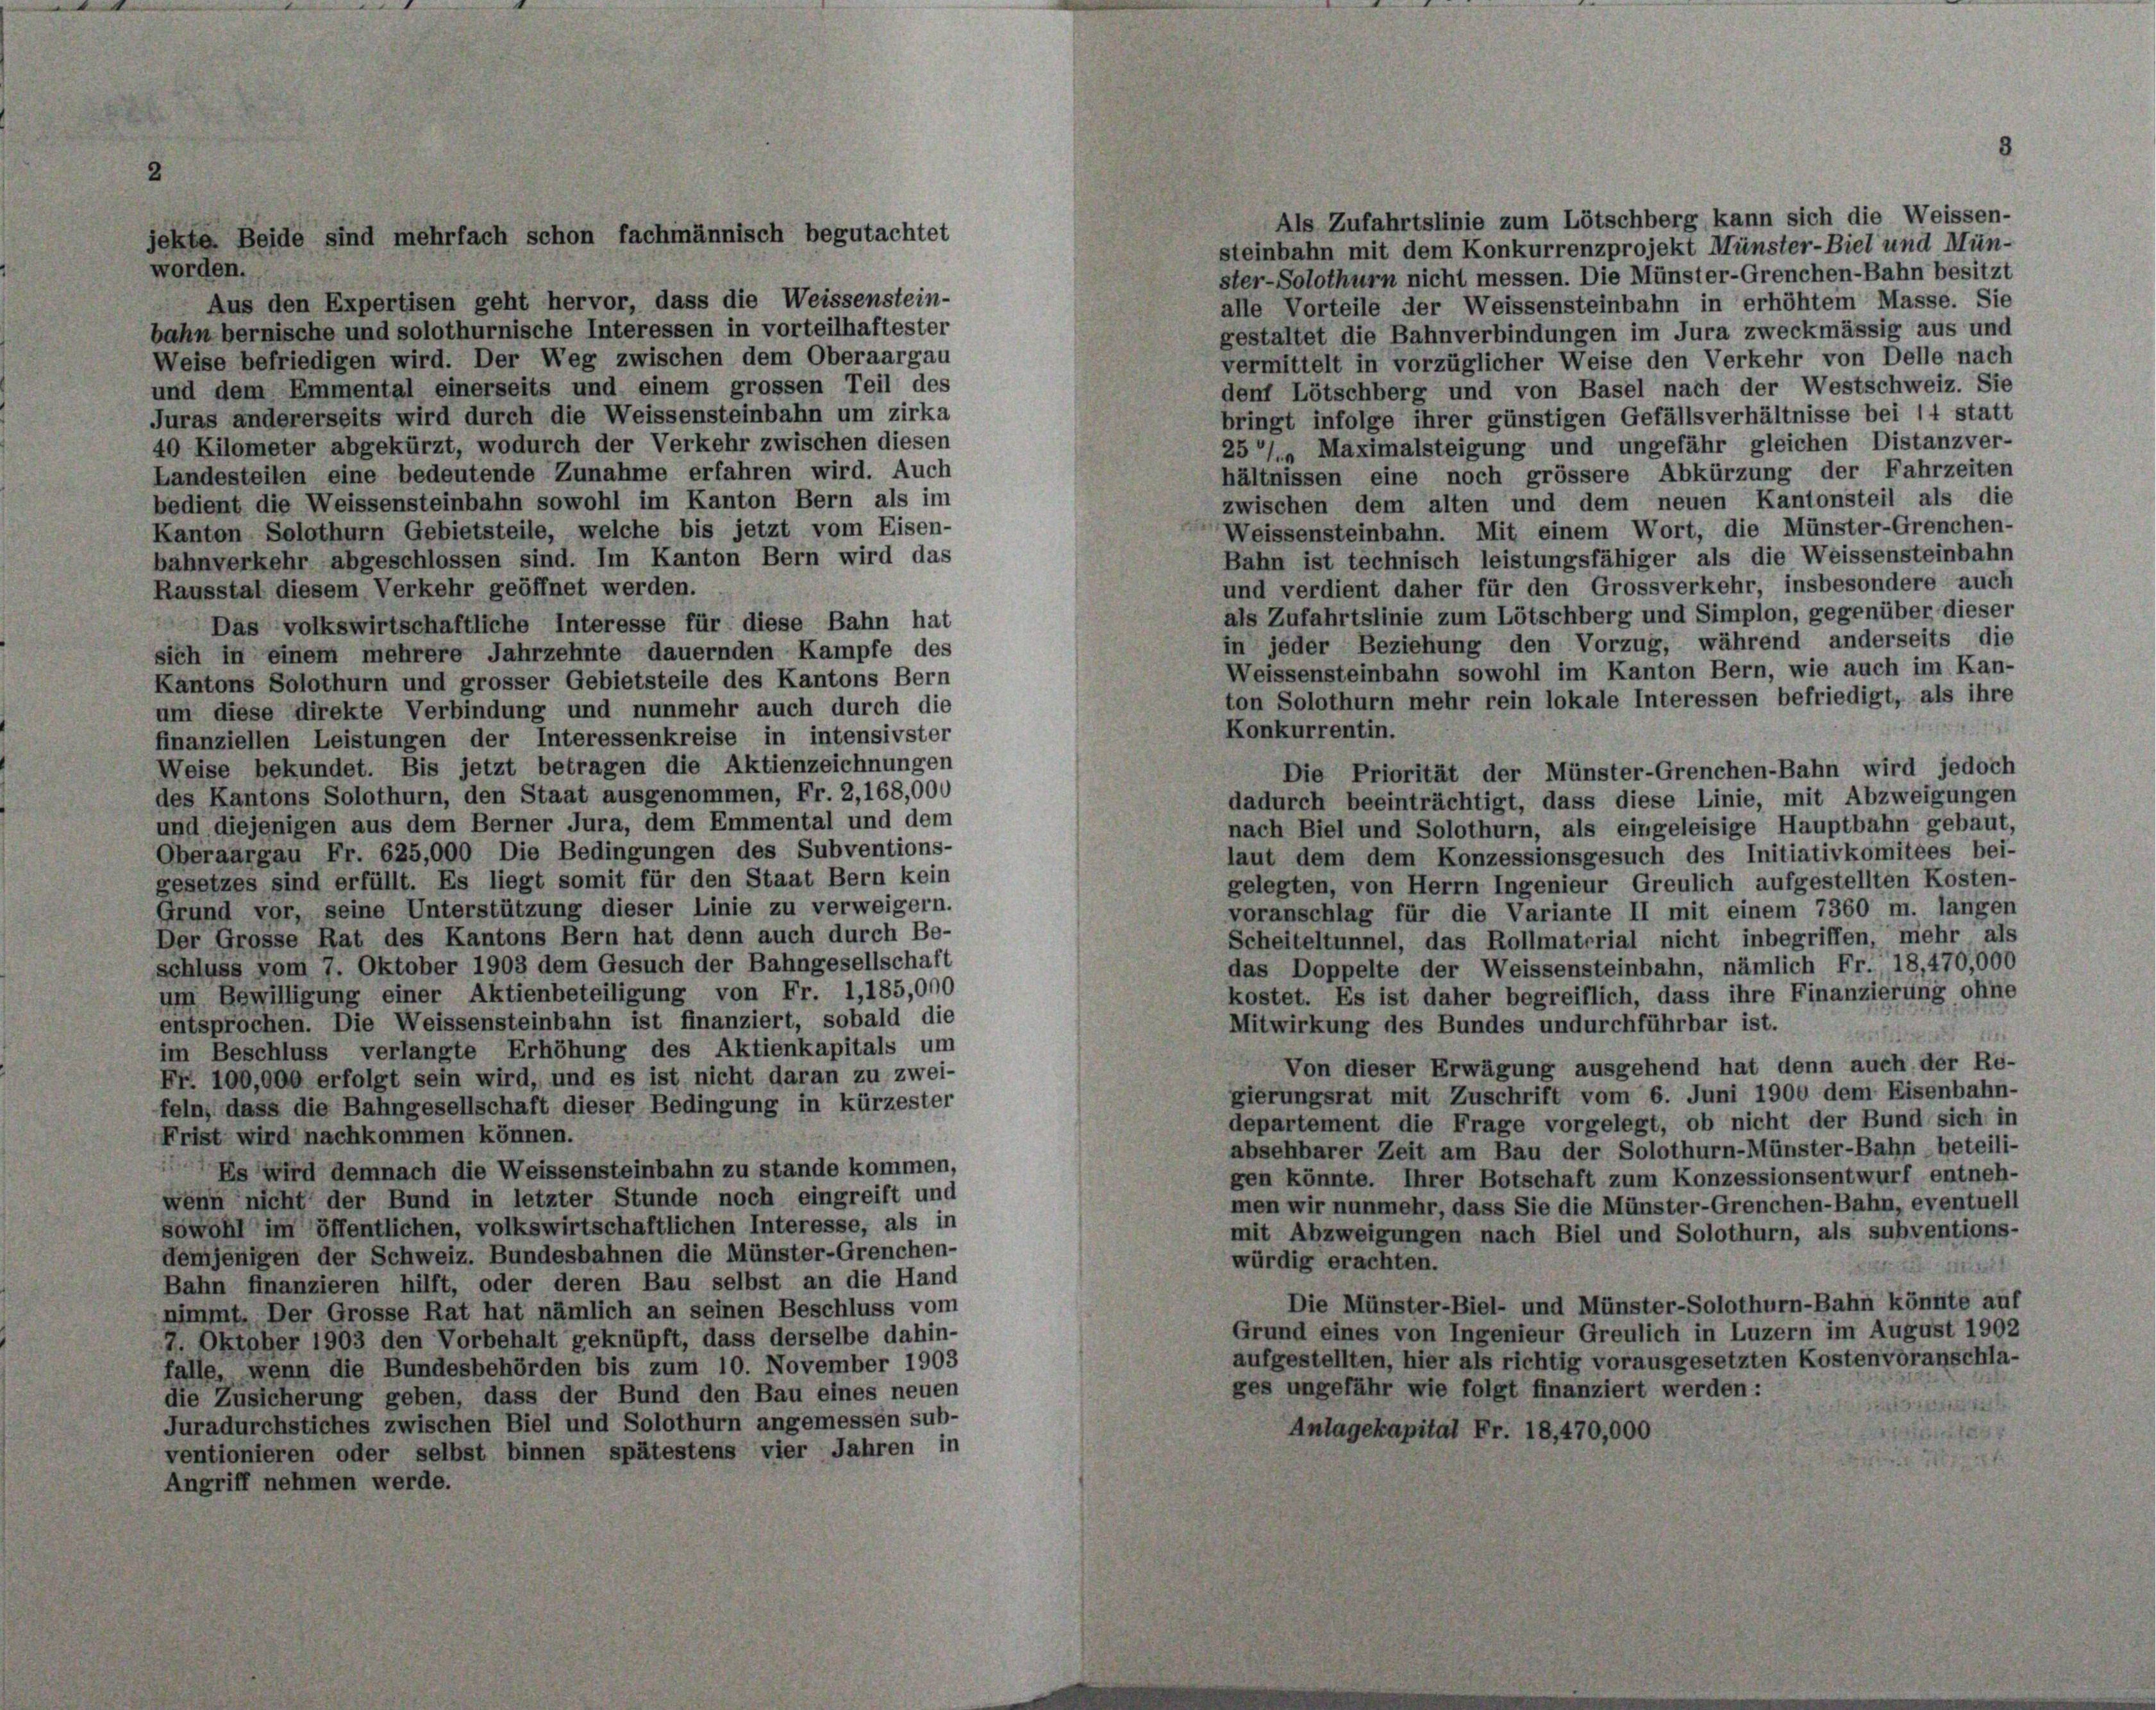
Als Zufahrtslinie zum Lötschberg kann sich die Weissen-
steinbahn mit dem Konkurrenzprojekt Münster-Biel und Mün-
ster-Solothurn nicht messen. Die Münster-Grenchen-Bahn besitzt
Aus den Expertisen geht hervor, dass die Weissenstein-
alle Vorteile der Weissensteinbahn in erhöhtem Masse. Sie
bahn bernische und solothurnische Interessen in vorteilhaftester
gestaltet die Bahnverbindungen im Jura zweckmässig aus und
Weise befriedigen wird. Der Weg zwischen dem Oberaargau
vermittelt in vorzüglicher Weise den Verkehr von Delle nach
und dem Emmental einerseits und einem grossen Teil des
denf Lötschberg und von Basel nach der Westschweiz. Sie
Juras andererseits wird durch die Weissensteinbahn um zirka
bringt infolge ihrer günstigen Gefällsverhältnisse bei 14 statt
40 Kilometer abgekürzt, wodurch der Verkehr zwischen diesen
257. Maximalsteigung und ungefähr gleichen Distanzver-
Landesteilen eine bedeutende Zunahme erfahren wird. Auch
hältnissen eine noch grössere Abkürzung der Fahrzeiten
bedient die Weissensteinbahn sowohl im Kanton Bern als im
zwischen dem alten und dem neuen Kantonsteil als die
Weissensteinbahn. Mit einem Wort, die Münster-Grenchen-
Kanton Solothurn Gebietsteile, welche bis jetzt vom Eisen-
Bahn ist technisch leistungsfähiger als die Weissensteinbahn
bahnverkehr abgeschlossen sind. Im Kanton Bern wird das
und verdient daher für den Grossverkehr, insbesondere auch
Rausstal diesem Verkehr geöffnet werden.
als Zufahrtslinie zum Lötschberg und Simplon, gegenüber dieser
Das volkswirtschaftliche Interesse für diese Bahn hat
in jeder Beziehung den Vorzug, während anderseits die
sich in einem mehrere Jahrzehnte dauernden Kampfe des
Weissensteinbahn sowohl im Kanton Bern, wie auch im Kan-
Kantons Solothurn und grosser Gebietsteile des Kantons Bern
ton Solothurn mehr rein lokale Interessen befriedigt, als ihre
um diese direkte Verbindung und nunmehr auch durch die
Konkurrentin.
finanziellen Leistungen der Interessenkreise in intensivster
Weise bekundet. Bis jetzt betragen die Aktienzeichnungen
Die Priorität der Münster-Grenchen-Bahn wird jedoch
des Kantons Solothurn, den Staat ausgenommen, Fr. 2, 168,000
dadurch beeinträchtigt, dass diese Linie, mit Abzweigungen
und diejenigen aus dem Berner Jura, dem Emmental und dem
nach Biel und Solothurn, als eingeleisige Hauptbahn gebaut,
Oberaargau Fr. 625,000 Die Bedingungen des Subventions-
laut dem dem Konzessionsgesuch des Initiativkomitees bei-
gesetzes sind erfüllt. Es liegt somit für den Staat Bern kein
gelegten, von Herrn Ingenieur Greulich aufgestellten Kosten-
Grund vor, seine Unterstützung dieser Linie zu verweigern.
voranschlag für die Variante II mit einem 7360 m. langen
Der Grosse Rat des Kantons Bern hat denn auch durch Be-
Scheiteltunnel, das Rollmaterial nicht inbegriffen, mehr als
schluss vom 7. Oktober 1903 dem Gesuch der Bahngesellschaft
das Doppelte der Weissensteinbahn, nämlich Fr. 18,470,000
um Bewilligung einer Aktienbeteiligung von Fr. 1,185,000
kostet. Es ist daher begreiflich, dass ihre Finanzierung ohne
entsprochen. Die Weissensteinbahn ist finanziert, sobald die
Mitwirkung des Bundes undurchführbar ist.
im Beschluss verlangte Erhöhung des Aktienkapitals um
Von dieser Erwägung ausgehend hat denn auch der Re-
Fr. 100,000 erfolgt sein wird, und es ist nicht daran zu zwei-
gierungsrat mit Zuschrift vom 6. Juni 1900 dem Eisenbahn-
feln, dass die Bahngesellschaft dieser Bedingung in kürzester
departement die Frage vorgelegt, ob nicht der Bund sich in
Frist wird nachkommen können.
absehbarer Zeit am Bau der Solothurn-Münster-Bahn beteili-
Es wird demnach die Weissensteinbahn zu stande kommen,
gen könnte. Ihrer Botschaft zum Konzessionsentwurf entneh-
wenn nicht der Bund in letzter Stunde noch eingreift und
men wir nunmehr, dass Sie die Münster-Grenchen-Bahn, eventuell
sowohl im öffentlichen, volkswirtschaftlichen Interesse, als in
mit Abzweigungen nach Biel und Solothurn, als subventions-
demjenigen der Schweiz. Bundesbahnen die Münster-Grenchen-
würdig erachten.
Bahn finanzieren hilft, oder deren Bau selbst an die Hand
Die Münster-Biel- und Münster-Solothurn-Bahn könnte auf
nimmt. Der Grosse Rat hat nämlich an seinen Beschluss vom
Grund eines von Ingenieur Greulich in Luzern im August 1902
7. Oktober 1903 den Vorbehalt geknüpft, dass derselbe dahin-
aufgestellten, hier als richtig vorausgesetzten Kostenvoranschla-
falle, wenn die Bundesbehörden bis zum 10. November 1903
ges ungefähr wie folgt finanziert werden:
die Zusicherung geben, dass der Bund den Bau eines neuen
Juradurchstiches zwischen Biel und Solothurn angemessen sub-
Anlagekapital Fr. 18, 470,000
ventionieren oder selbst binnen spätestens vier Jahren in
Angriff nehmen werde.

worden.

jekte Beide sind mehrfach schon fachmännisch begutachtet